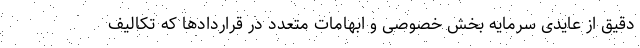
دقیق از عایدی سرمایه بخش خصوصی و ابهامات متعدد در قراردادها که تکالیف